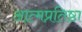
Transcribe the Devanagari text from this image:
आत्मप्रतिष्ठा